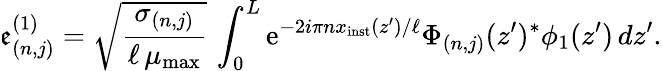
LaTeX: \mathfrak{e}_{(n,j)}^{(1)}=\sqrt{\frac{\sigma_{(n,j)}}{\ell\, \mu_{\mathrm{max}}}}\, \int_{0}^{L}\mathrm{e}^{-2i\pi nx_{\mathrm{inst}}(z^{\prime})/\ell}\Phi_{(n,j)}(z^{\prime})^{\ast}\phi_{1}(z^{\prime})\, dz^{\prime}.